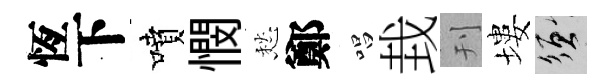
恆下噴憫愁鄭唱㘽刊塿須